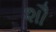
શૌ